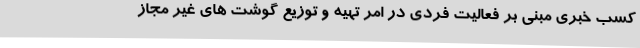
کسب خبری مبنی بر فعالیت فردی در امر تهیه و توزیع گوشت های غیر مجاز